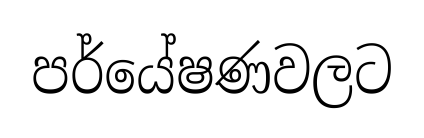
පර්යේෂණවලට